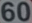
60